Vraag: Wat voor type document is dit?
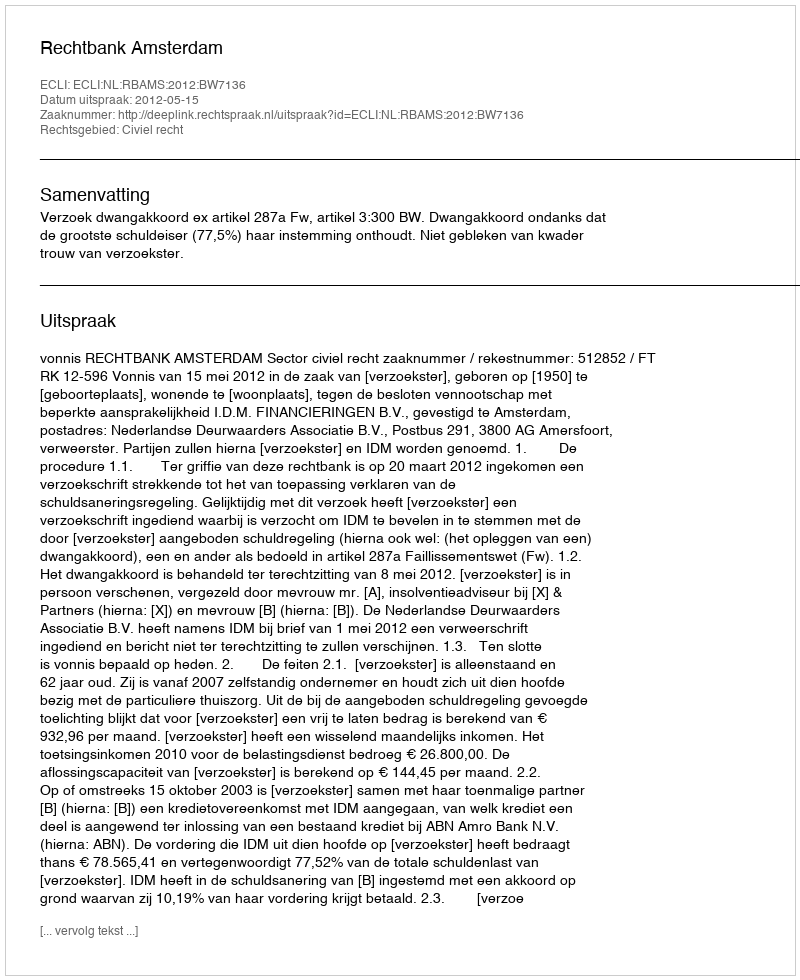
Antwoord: Uitspraak